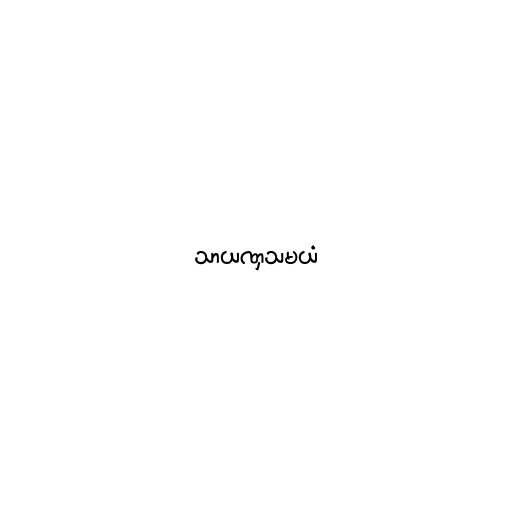
သာယဏှသမယံ